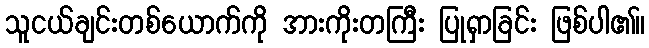
သူငယ်ချင်းတစ်ယောက်ကို အားကိုးတကြီး ပြုရှာခြင်း ဖြစ်ပါ၏။